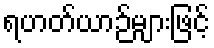
ရဟတ်ယာဉ်များဖြင့်